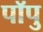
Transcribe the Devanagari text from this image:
पॉपु